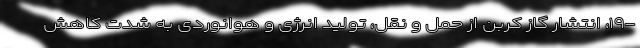
-۱۹، انتشار گاز کربن از حمل و نقل، تولید انرژی و هوانوردی به شدت کاهش